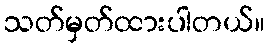
သတ်မှတ်ထားပါတယ်။